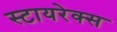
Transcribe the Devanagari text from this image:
स्टायरेक्स